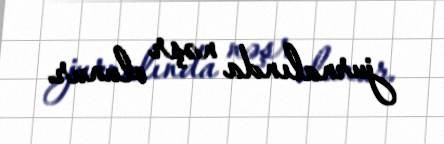
jurnalında nəşr olunur.